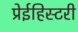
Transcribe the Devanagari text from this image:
प्रेईहिस्टरी